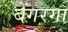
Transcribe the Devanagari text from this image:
बेंगरगा